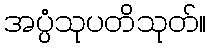
အပ္ပံသုပတိသုတ်။